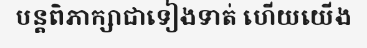
បន្តពិភាក្សាជាទៀងទាត់ ហើយយើង